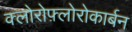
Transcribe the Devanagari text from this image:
क्लोरोफ़्लोरोकार्बन